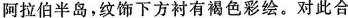
阿拉伯半岛，纹饰下方衬有褐色彩绘。对此合